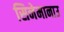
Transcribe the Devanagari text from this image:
सिनेमानाउ